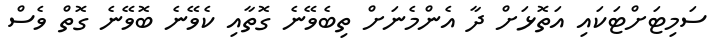
ސަމިޓަށްޓަކައި އަތޮޅަށް ދާ އެންމެނަށް ތިބެވޭނެ ގޮތާއި ކެވޭނެ ބޮވޭނެ ގޮތް ވެސް